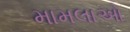
મામલાઓ